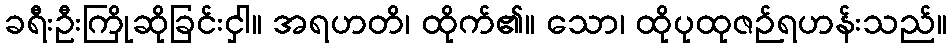
ခရီးဦးကြိုဆိုခြင်းငှါ။ အရဟတိ၊ ထိုက်၏။ သော၊ ထိုပုထုဇဉ်ရဟန်းသည်။